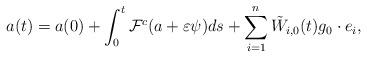
LaTeX: \begin{align*}a(t)=a(0)+\int_{0}^{t}\mathcal{F}^{c}(a+\varepsilon \psi )ds+\sum_{i=1}^{n}\tilde{W}_{i,0}(t) g_{0} \cdot e_{i}, \end{align*}